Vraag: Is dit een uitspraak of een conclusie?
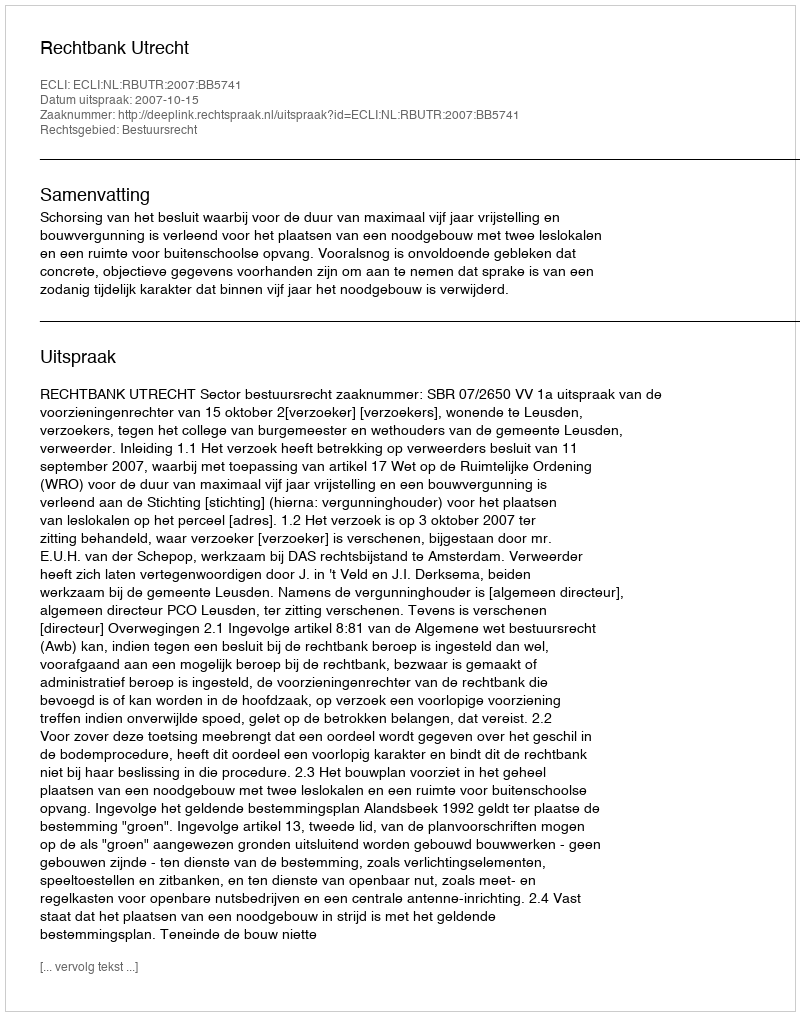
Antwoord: Uitspraak